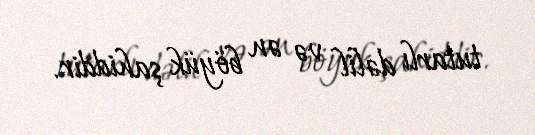
tutarlı dəlil və ən böyük şahiddir.